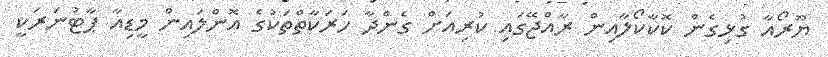
ޔޫރޯއާ ގުޅިގެން ކޮކާކޯލާއިން ރާއްޖޭގައި ކުރިއަށް ގެންދާ ހަރަކާތްތަކުގެ އޮންލައިން މީޑިއާ ޕާޓުނަރަކީ